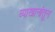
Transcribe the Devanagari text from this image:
व्याखानांतून